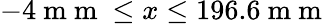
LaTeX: -4\mathrm{~m~m~}\le x\le 196.6\mathrm{~m~m~}